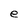
Character: e